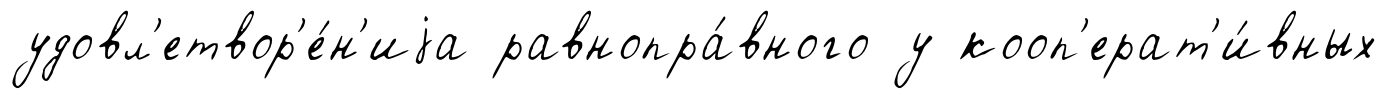
удовл'етвор'е́н'иjа равнопра́вного у кооп'ерат'и́вных